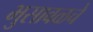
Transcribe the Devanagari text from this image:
भुसावळचे